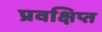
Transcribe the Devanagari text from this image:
प्रवक्षिप्त